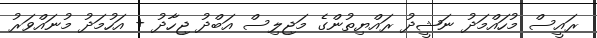
ރައީސް މުހައްމަދު ނަޝީދު ރައްޔިތުންގެ މަޖިލިސް އަބްދު ޖިހާދު + އަހުމަދު މުނައްވަރު